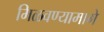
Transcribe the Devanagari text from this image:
मिळवण्यामागे